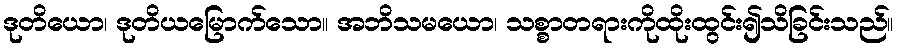
ဒုတိယော၊ ဒုတိယမြောက်သော။ အဘိသမယော၊ သစ္စာတရားကိုထိုးထွင်း၍သိခြင်းသည်။